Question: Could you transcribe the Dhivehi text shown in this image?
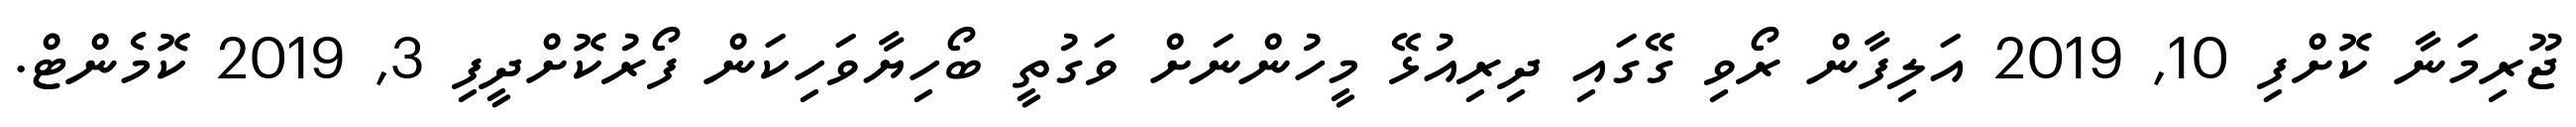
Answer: ޖޫރިމަނާ ކޮށްފި 10, 2019 އަލިފާން ރޯވި ގޭގައި ދިރިއުޅޭ މީހުންނަށް ވަގުތީ ބޯހިޔާވަހިކަން ފޯރުކޮށްދީފި 3, 2019 ކޮމެންޓް.